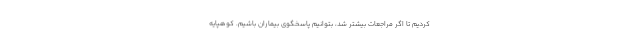
کردیم تا اگر مراجعات بیشتر شد، بتوانیم پاسخگوی بیماران باشیم. کوهپایه